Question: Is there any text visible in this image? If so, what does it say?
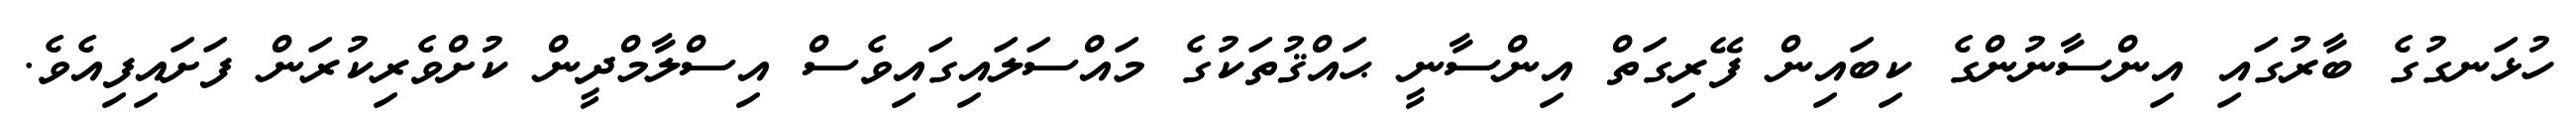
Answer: ހުޅަނގުގެ ބާރުގައި އިންސާނުންގެ ކިބައިން ފޭރިގަތް އިންސާނީ ޙައްޤުތަކުގެ މައްސަލައިގައިވެސް އިސްލާމްދީން ކުށްވެރިކުރަން ފަށައިފިއެވެ.